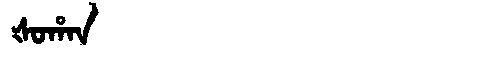
Manchu: ᡧᠣᡥᠠᠨ
Romanization: ŠOHAN